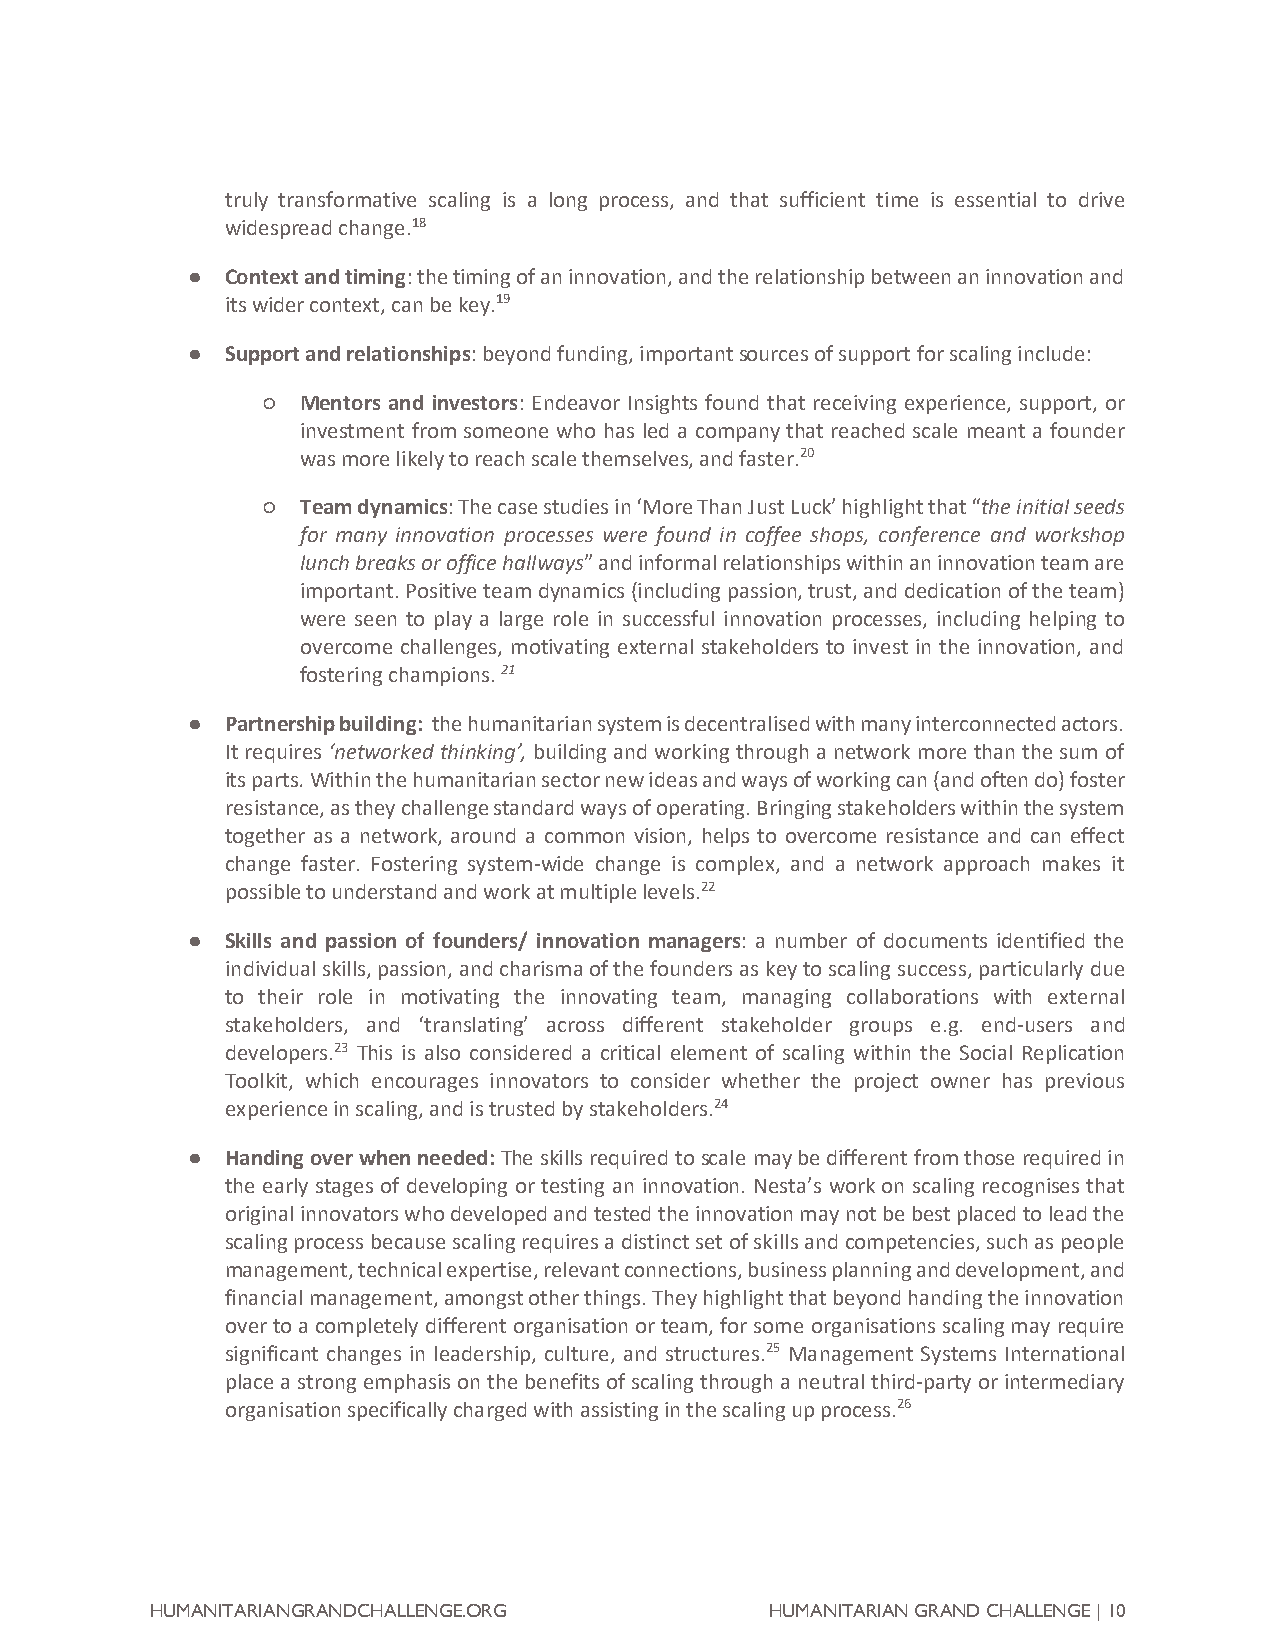
truly transformative scaling is a long process, and that sufficient time is essential to drive
 widespread change.18
 ●  Context and timing: the timing of an innovation, and the relationship between an innovation and
 its wider context, can be key.19
 ●  Support and relationships: beyond funding, important sources of support for scaling include:
 ○  Mentors and investors: Endeavor Insights found that receiving experience, support, or
 investment from someone who has led a company that reached scale meant a founder
 was more likely to reach scale themselves, and faster.20
 ○  Team dynamics: The case studies in ‘More Than Just Luck’ highlight that “the initial seeds
 for many innovation processes were found in coffee shops, conference and workshop
 lunch breaks or office hallways” and informal relationships within an innovation team are
 important. Positive team dynamics (including passion, trust, and dedication of the team)
 were seen to play a large role in successful innovation processes, including helping to
 overcome challenges, motivating external stakeholders to invest in the innovation, and
 fostering champions. 21
 ●  Partnership building: the humanitarian system is decentralised with many interconnected actors.
 It requires ‘networked thinking’, building and working through a network more than the sum of
 its parts. Within the humanitarian sector new ideas and ways of working can (and often do) foster
 resistance, as they challenge standard ways of operating. Bringing stakeholders within the system
 together as a network, around a common vision, helps to overcome resistance and can effect
 change faster. Fostering system-wide change is complex, and a network approach makes it
 possible to understand and work at multiple levels.22
 ●  Skills and passion of founders/ innovation managers: a number of documents identified the
 individual skills, passion, and charisma of the founders as key to scaling success, particularly due
 to their role in motivating the innovating team, managing collaborations with external
 stakeholders, and ‘translating’ across different stakeholder groups e.g. end-users and
 developers.23 This is also considered a critical element of scaling within the Social Replication
 Toolkit, which encourages innovators to consider whether the project owner has previous
 experience in scaling, and is trusted by stakeholders.24
 ●  Handing over when needed: The skills required to scale may be different from those required in
 the early stages of developing or testing an innovation. Nesta’s work on scaling recognises that
 original innovators who developed and tested the innovation may not be best placed to lead the
 scaling process because scaling requires a distinct set of skills and competencies, such as people
 management, technical expertise, relevant connections, business planning and development, and
 financial management, amongst other things. They highlight that beyond handing the innovation
 over to a completely different organisation or team, for some organisations scaling may require
 significant changes in leadership, culture, and structures.25 Management Systems International
 place a strong emphasis on the benefits of scaling through a neutral third-party or intermediary
 organisation specifically charged with assisting in the scaling up process.26
 HUMANITARIANGRANDCHALLENGE.ORG           HUMANITARIAN GRAND CHALLENGE | 10